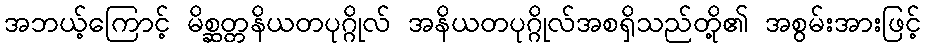
အဘယ့်ကြောင့် မိစ္ဆတ္တနိယတပုဂ္ဂိုလ် အနိယတပုဂ္ဂိုလ်အစရှိသည်တို့၏ အစွမ်းအားဖြင့်